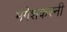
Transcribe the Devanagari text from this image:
मंगेशकरनी